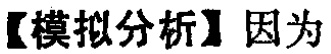
【模拟分析】因为